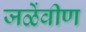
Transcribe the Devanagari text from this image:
जळेंवीण